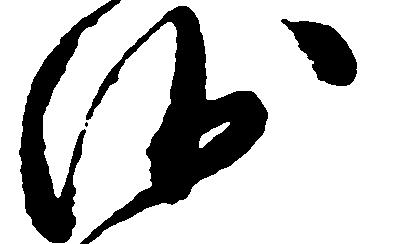
沙